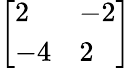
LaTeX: \left[{\begin{array}{ll}{2}&{-2}\\ {-4}&{2}\end{array}}\right]